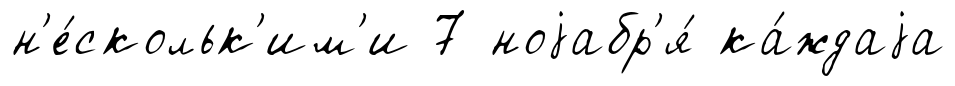
н'е́скольк'им'и 7 ноjабр'я́ ка́ждаjа